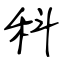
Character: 科